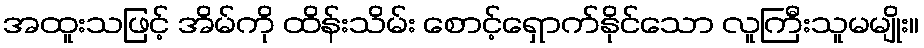
အထူးသဖြင့် အိမ်ကို ထိန်းသိမ်း စောင့်ရှောက်နိုင်သော လူကြီးသူမမျိုး။